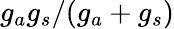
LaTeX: g_{a}g_{s}/(g_{a}+g_{s})